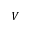
V